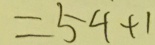
= 5 4 + 1